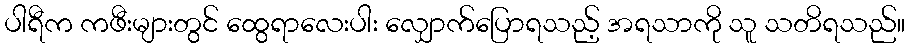
ပါရီက ကဖီးများတွင် ထွေရာလေးပါး လျှောက်ပြောရသည့် အရသာကို သူ သတိရသည်။